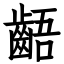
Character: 齬